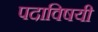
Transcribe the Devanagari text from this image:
पदाविषयी